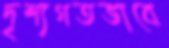
দৃশ্যগতভাবে